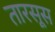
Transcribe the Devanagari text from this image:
तारसूस